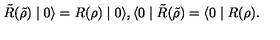
\tilde { R } ( \tilde { \rho } ) \mid 0 \rangle = R ( \rho ) \mid 0 \rangle , \langle 0 \mid \tilde { R } ( \tilde { \rho } ) = \langle 0 \mid R ( \rho ) .